Report on vaccination in the Province of Bengal - 1874-1889
Year: 1874
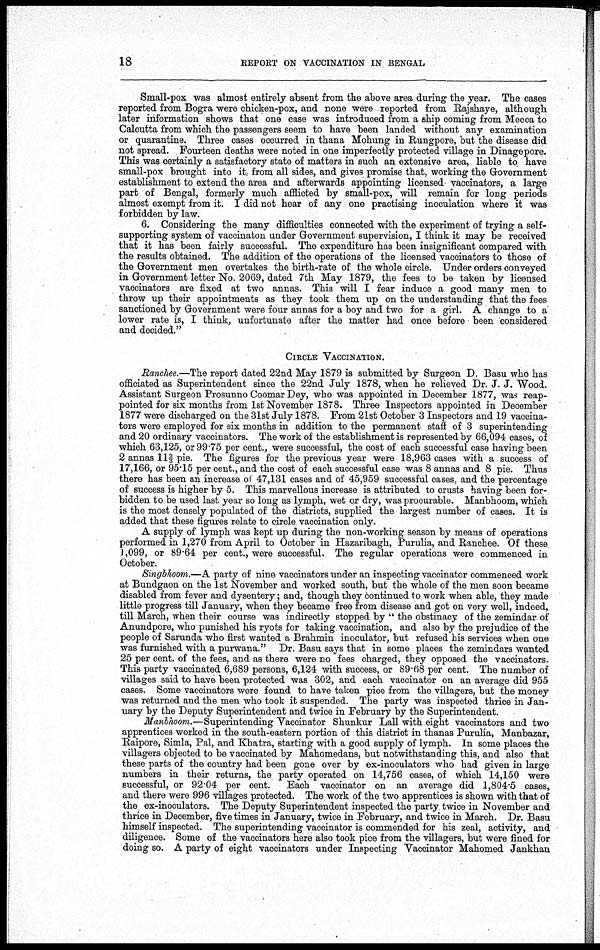
18
REPORT ON VACCINATION IN BENGAL
Small-pox was almost entirely absent from the above area during the year. The cases
reported from Bogra were chicken-pox, and none were reported from Rajshaye, although
later information shows that one case was introduced from a ship coming from Mecca to
Calcutta from which the passengers seem to have been landed without any examination
or quarantine. Three cases occurred in thana Mohung in Rungpore, but the disease did
not spread. Fourteen deaths were noted in one imperfectly protected village in Dinagepore.
This was certainly a satisfactory state of matters in such an extensive area, liable to have
small-pox brought into it, from all sides, and gives promise that, working the Government
establishment to extend the area and afterwards appointing licensed vaccinators, a large
part of Bengal, formerly much afflicted by small-pox, will remain for long periods
almost exempt from it. I did not hear of any one practising inoculation where it was
forbidden by law.
6. Considering the many difficulties connected with the experiment of trying a self-
supporting system of vaccinaton under Government supervision, I think it may be received
that it has been fairly successful. The expenditure has been insignificant compared with
the results obtained. The addition of the operations of the licensed vaccinators to those of
the Government men overtakes the birth-rate of the whole circle. Under orders conveyed
in Government letter No. 2069, dated 7th May 1879, the fees to be taken by licensed
vaccinators are fixed at two annas. This will I fear induce a good many men to
throw up their appointments as they took them up on the understanding that the fees
sanctioned by Government were four annas for a boy and two for a girl. A change to a
lower rate is, I think, unfortunate after the matter had once before been considered
and decided."
CIRCLE VACCINATION.
Ranchee.—The report dated 22nd May 1879 is submitted by Surgeon D. Basu who has
officiated as Superintendent since the 22nd July 1878, when he relieved Dr. J. J. Wood.
Assistant Surgeon Prosunno Coomar Dey, who was appointed in December 1877, was reap-
pointed for six months from 1st November 1878. Three Inspectors appointed in December
1877 were discharged on the 31st July 1878. From 21st October 3 Inspectors and 19 vaccina-
tors were employed for six months in addition to the permanent staff of 3 superintending
and 20 ordinary vaccinators. The work of the establishment is represented by 66,094 cases, of
which 63,125, or 99.75 per cent., were successful, the cost of each successful case having been
2 annas 112/3 pie. The figures for the previous year were 18,963 cases with a success of
17,166, or 95.15 per cent., and the cost of each successful case was 8 annas and 8 pie. Thus
there has been an increase of 47,131 cases and of 45,959 successful cases, and the percentage
of success is higher by 5. This marvellous increase is attributed to crusts having been for-
bidden to be used last year so long as lymph, wet or dry, was procurable. Manbhoom, which
is the most densely populated of the districts, supplied the largest number of cases. It is
added that these figures relate to circle vaccination only.
A supply of lymph was kept up during the non-working season by means of operations
performed in 1,270 from April to October in Hazaribagh, Purulia, and Ranchee. Of these
1 ,099, or 89.64 per cent., were successful. The regular operations were commenced in
October.
Singbhoom.—A party of nine vaccinators under an inspecting vaccinator commenced work
at Bundgaon on the 1st November and worked south, but the whole of the men soon became
disabled from fever and dysentery; and, though they continued to work when able, they made
little progress till January, when they became free from disease and got on very well, indeed,
till March, when their course was indirectly stopped by " the obstinacy of the zemindar of
Anundpore, who punished his ryots for taking vaccination, and also by the prejudice of the
people of Sarunda who first wanted a Brahmin inoculator, but refused his services when one
was furnished with a purwana." Dr. Basu says that in some places the zemindars wanted
25 per cent. of the fees, and as there were no fees charged, they opposed the vaccinators.
This party vaccinated 6,689 persons, 6,124 with success, or 89.68 per cent. The number of
villages said to have been protected was 302, and each vaccinator on an average did 955
cases. Some vaccinators were found to have taken pice from the villagers, but the money
was returned and the men who took it suspended. The party was inspected thrice in Jan-
uary by the Deputy Superintendent and twice in February by the Superintendent.
Manbhoom.—Superintending Vaccinator Shunkur Lall with eight vaccinators and two
apprentices worked in the south-eastern portion of this district in thanas Purulia, Manbazar,
Raipore, Simla, Pal, and Khatra, starting with a good supply of lymph. In some places the
villagers objected to be vaccinated by Mahomedans, but notwithstanding this, and also that
these parts of the country had been gone over by ex-inoculators who had given in large
numbers in their returns, the party operated on 14,756 cases, of which 14,150 were
successful, or 92.04 per cent.
Each vaccinator on an average did 1,804.5 cases,
and there were 996 villages protected. The work of the two apprentices is shown with that of
the ex-inoculators. The Deputy Superintendent inspected the party twice in November and
thrice in December, five times in January, twice in February, and twice in March. Dr. Basu
himself inspected. The superintending vaccinator is commended for his zeal, activity, and
diligence. Some of the vaccinators here also took pice from the villagers, but were fined for
doing so. A party of eight vaccinators under Inspecting Vaccinator Mahomed Jankhan